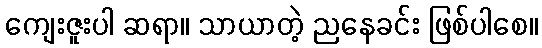
ကျေးဇူးပါ ဆရာ။ သာယာတဲ့ ညနေခင်း ဖြစ်ပါစေ။